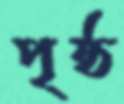
পৃষ্ঠ